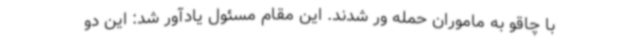
با چاقو به ماموران حمله ور شدند. این مقام مسئول یادآور شد: این دو